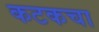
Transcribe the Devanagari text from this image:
कटकचा